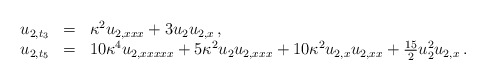
\begin{align*}\begin{array}{rcl}u_{2,t_3} & = & \kappa^2 u_{2,xxx} + 3 u_2 u_{2,x} \,, \\u_{2,t_5} & = & 10 \kappa^4 u_{2,xxxxx} + 5\kappa^2 u_2 u_{2,xxx}+ 10 \kappa^2 u_{2,x} u_{2,xx} + \frac{15}{2} u_2^2 u_{2,x} \,.\end{array}\end{align*}